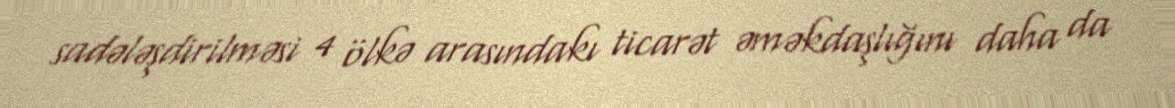
sadələşdirilməsi 4 ölkə arasındakı ticarət əməkdaşlığını daha da